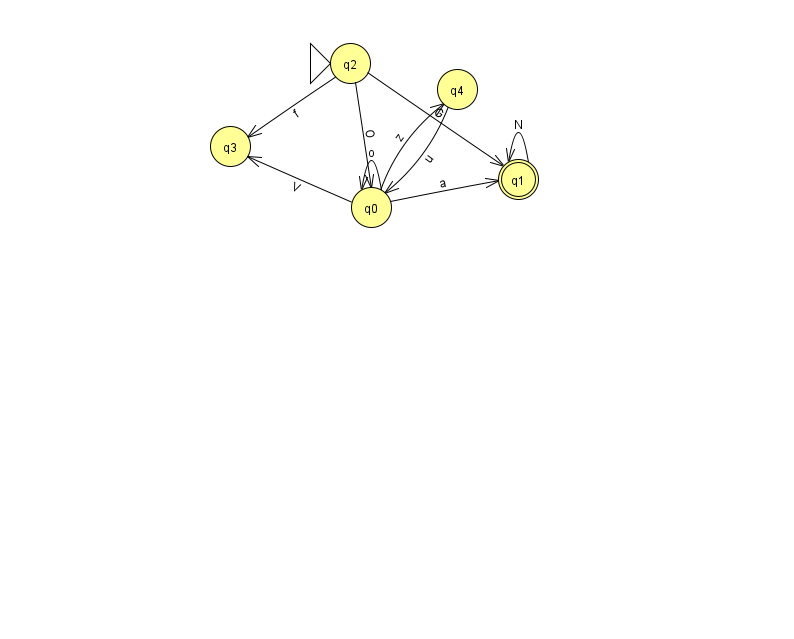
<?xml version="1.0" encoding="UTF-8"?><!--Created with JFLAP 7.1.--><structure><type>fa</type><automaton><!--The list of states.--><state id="0" name="q0"><x>371.0</x><y>194.0</y></state><state id="1" name="q1"><x>518.0</x><y>166.0</y><final/></state><state id="2" name="q2"><x>350.0</x><y>50.0</y><initial/></state><state id="3" name="q3"><x>230.0</x><y>133.0</y></state><state id="4" name="q4"><x>457.0</x><y>76.0</y></state><!--The list of transitions.--><transition><from>0</from><to>1</to><read>a</read></transition><transition><from>0</from><to>4</to><read>z</read></transition><transition><from>2</from><to>0</to><read>O</read></transition><transition><from>2</from><to>3</to><read>f</read></transition><transition><from>0</from><to>3</to><read>V</read></transition><transition><from>4</from><to>0</to><read>u</read></transition><transition><from>2</from><to>1</to><read>G</read></transition><transition><from>1</from><to>1</to><read>N</read></transition><transition><from>0</from><to>0</to><read>o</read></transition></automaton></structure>